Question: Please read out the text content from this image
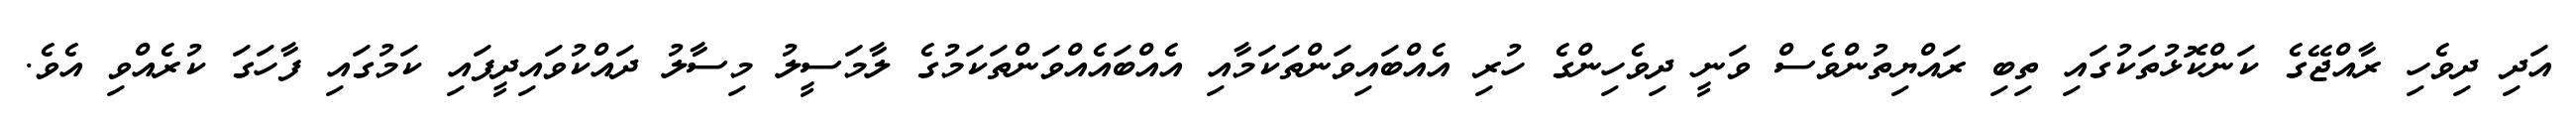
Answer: އަދި ދިވެހި ރާއްޖޭގެ ކަންކޮޅުތަކުގައި ތިބި ރައްޔިތުންވެސް ވަނީ ދިވެހިންގެ ހުރި އެއްބައިވަންތަކަމާއި އެއްބައެއްވަންތަކަމުގެ ލާމަސީލު މިސާލު ދައްކުވައިދީފައި ކަމުގައި ފާހަގަ ކުރެއްވި އެވެ.